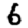
Digit: 6